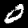
Label: 0